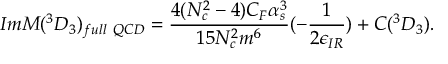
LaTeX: I m { \cal M } ( ^ { 3 } D _ { 3 } ) _ { f u l l ~ Q C D } = \frac { 4 ( N _ { c } ^ { 2 } - 4 ) C _ { F } \alpha _ { s } ^ { 3 } } { 1 5 N _ { c } ^ { 2 } m ^ { 6 } } ( - \frac { 1 } { 2 \epsilon _ { I R } } ) + C ( ^ { 3 } D _ { 3 } ) .